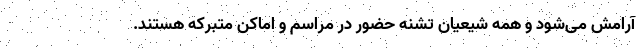
آرامش می‌شود و همه شیعیان تشنه حضور در مراسم و اماکن متبرکه هستند.